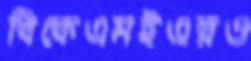
বিকেএমইএরও